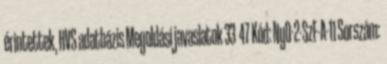
érintettek, HVS adatbázis Megoldási javaslatok 33 47 Kód: NyD-2-SzF-A-11 Sorszám: